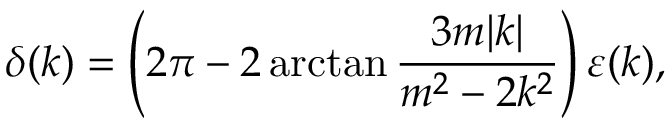
\delta ( k ) = \left( 2 \pi - 2 \arctan { \frac { 3 m | k | } { m ^ { 2 } - 2 k ^ { 2 } } } \right) \varepsilon ( k ) ,